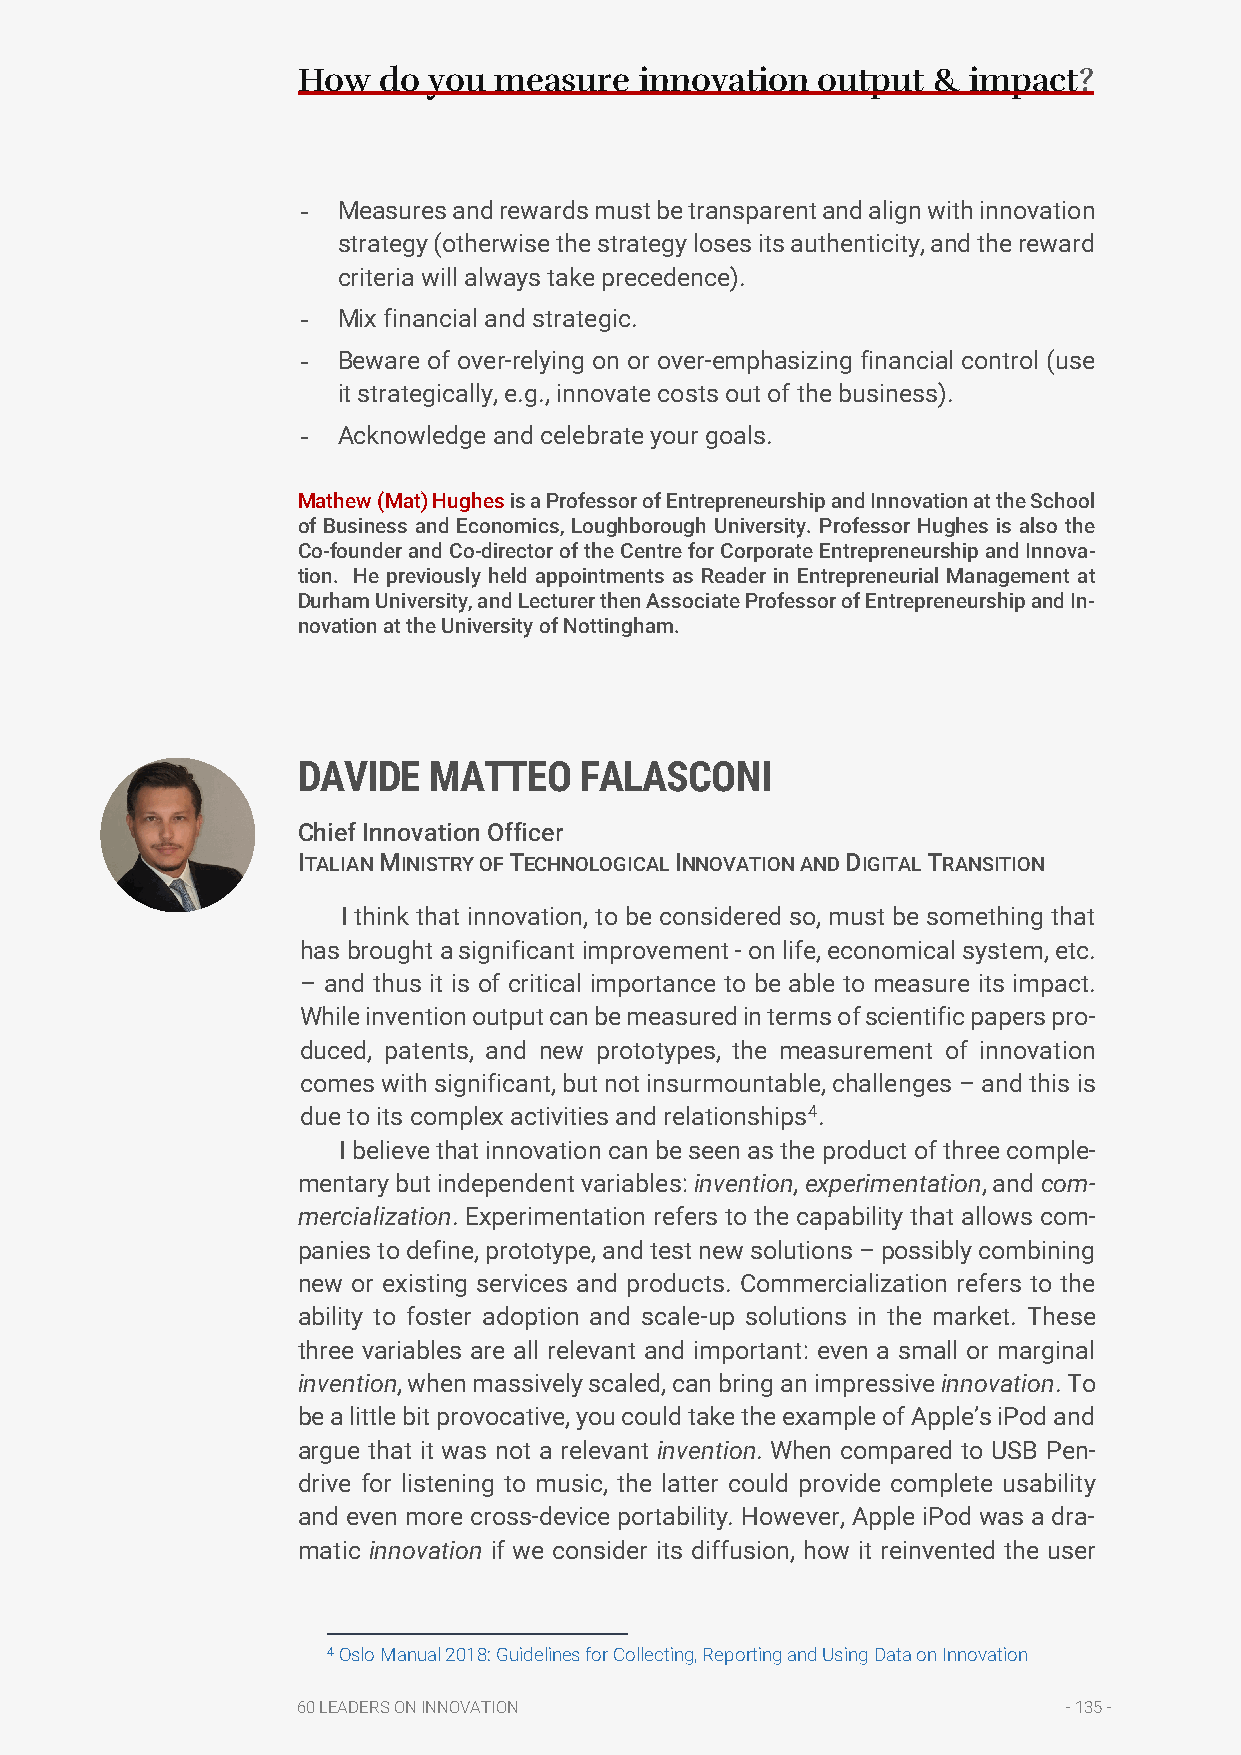
How  do you  measure  innovation  output  & impact?
 - Measures and rewards must be transparent and align with innovation
 strategy (otherwise the strategy loses its authenticity, and the reward
 criteria will always take precedence).
 - Mix financial and strategic.
 - Beware of over-relying on or over-emphasizing financial control (use
 it strategically, e.g., innovate costs out of the business).
 - Acknowledge and celebrate your goals.
 Mathew (Mat) Hughes is a Professor of Entrepreneurship and Innovation at the School
 of Business and Economics, Loughborough University. Professor Hughes is also the
 Co-founder and Co-director of the Centre for Corporate Entrepreneurship and Innova-
 tion. He previously held appointments as Reader in Entrepreneurial Management at
 Durham University, and Lecturer then Associate Professor of Entrepreneurship and In-
 novation at the University of Nottingham.
 DAVIDE  MATTEO    FALASCONI
 Chief Innovation Officer
 ITALIAN MINISTRY OF TECHNOLOGICAL INNOVATION AND DIGITAL TRANSITION
 I think that innovation, to be considered so, must be something that
 has brought a significant improvement - on life, economical system, etc.
 – and thus it is of critical importance to be able to measure its impact.
 While invention output can be measured in terms of scientific papers pro-
 duced, patents, and new prototypes, the measurement of innovation
 comes with significant, but not insurmountable, challenges – and this is
 due to its complex activities and relationships4.
 I believe that innovation can be seen as the product of three comple-
 mentary but independent variables: invention, experimentation, and com-
 mercialization. Experimentation refers to the capability that allows com-
 panies to define, prototype, and test new solutions – possibly combining
 new or existing services and products. Commercialization refers to the
 ability to foster adoption and scale-up solutions in the market. These
 three variables are all relevant and important: even a small or marginal
 invention, when massively scaled, can bring an impressive innovation. To
 be a little bit provocative, you could take the example of Apple’s iPod and
 argue that it was not a relevant invention. When compared to USB Pen-
 drive for listening to music, the latter could provide complete usability
 and even more cross-device portability. However, Apple iPod was a dra-
 matic innovation if we consider its diffusion, how it reinvented the user
 4 Oslo Manual 2018: Guidelines for Collecting, Reporting and Using Data on Innovation
 60 LEADERS ON INNOVATION                           - 135 -